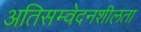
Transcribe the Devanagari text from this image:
अतिसम्वेदनशीलता